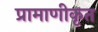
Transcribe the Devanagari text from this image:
प्रामाणीकृत